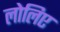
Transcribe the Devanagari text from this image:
लोलिए